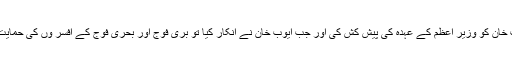
اسکندر مرزا نے پہلے تو ایوب خان کو وزیر اعظم کے عہدہ کی پیش کش کی اور جب ایوب خان نے انکار کیا تو بری فوج اور بحری فوج کے افسر وں کی حمایت حاصل کرنے کی کوشش کی۔